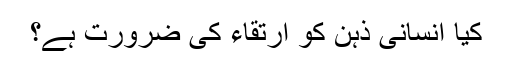
کیا انسانی ذہن کو ارتقاء کی ضرورت ہے؟